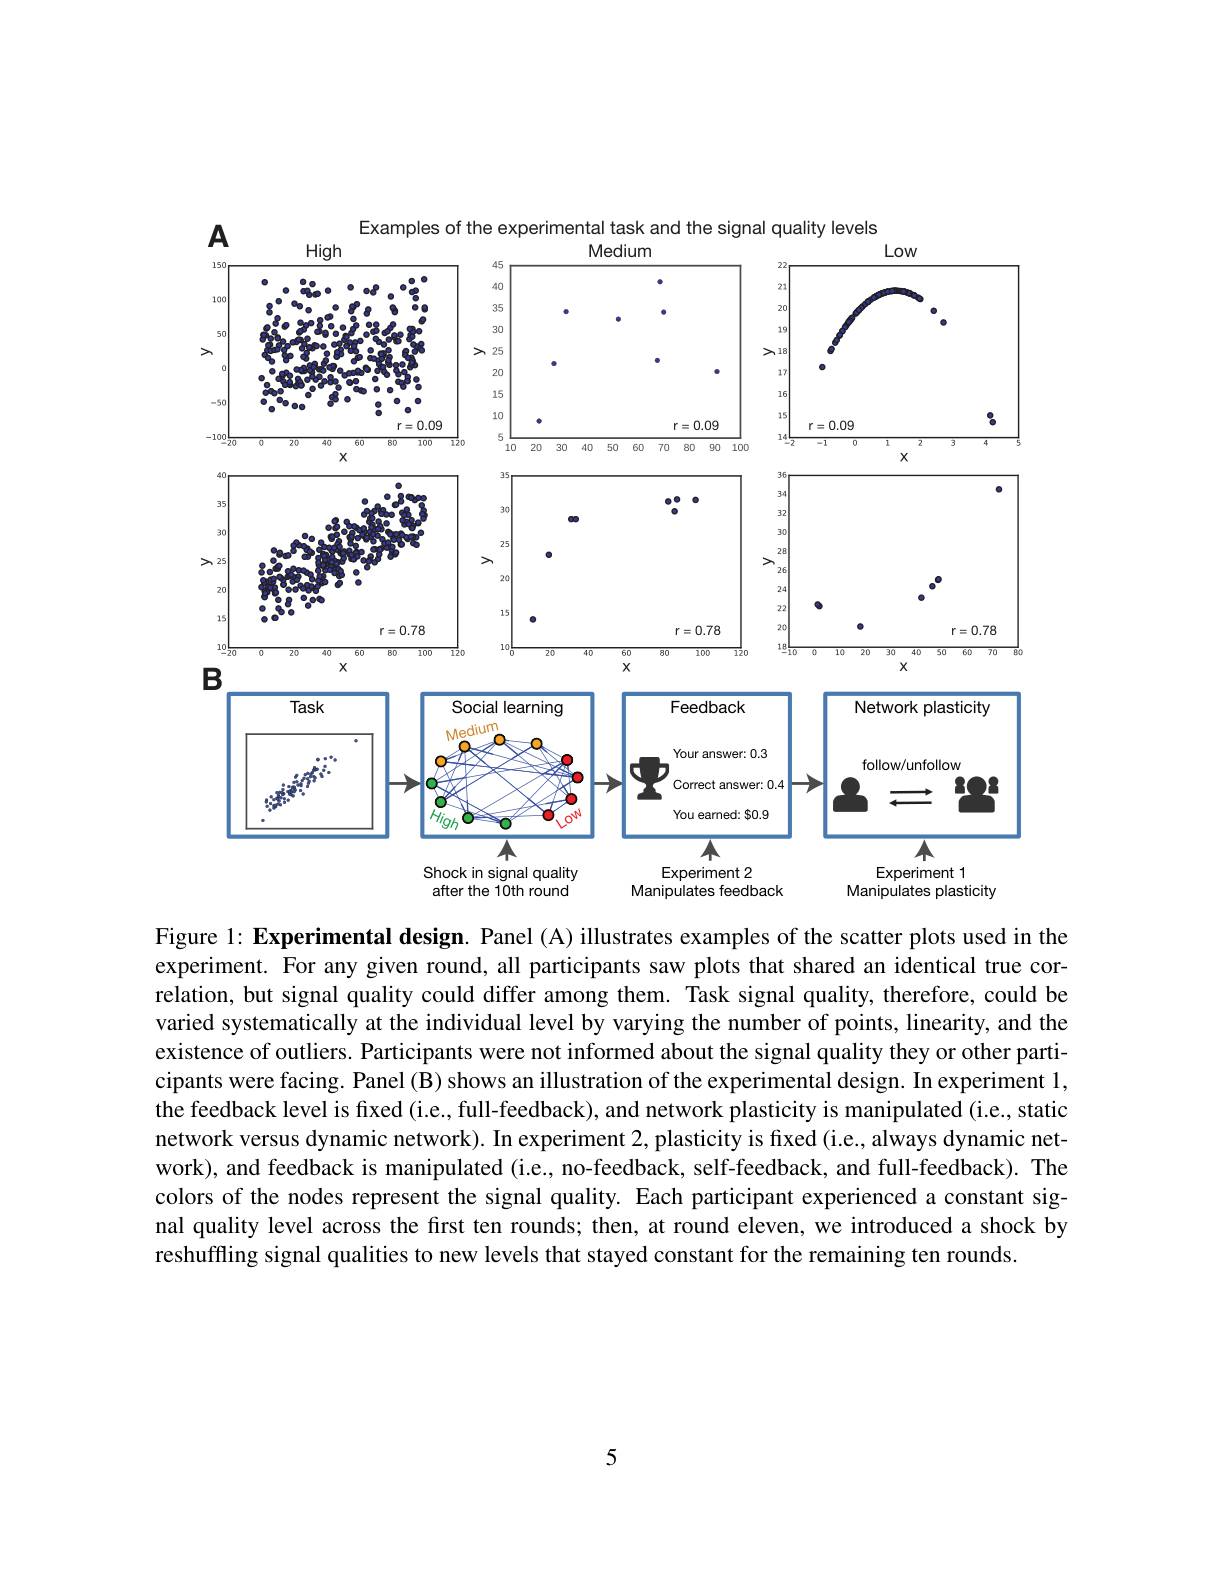
Examples of the experimental task and the signal quality levels
$A$
<FigureHere>
Manipulates plasticity
after the 10th round

Figure 1: Experimental design. Panel (A) illustrates examples of the scatter plots used in the experiment. For any given round, all participants saw plots that shared an identical true correlation, but signal quality could differ among them. Task signal quality, therefore, could be varied systematically at the individual level by varying the number of points, linearity, and the existence of outliers. Participants were not informed about the signal quality they or other participants were facing. Panel (B) shows an illustration of the experimental design. In experiment 1, the feedback level is fixed (i.e., full-feedback), and network plasticity is manipulated (i.e., static network versus dynamic network). In experiment 2, plasticity is fixed (i.e., always dynamic network), and feedback is manipulated (i.e., no-feedback, self-feedback, and full-feedback). The colors of the nodes represent the signal quality. Each participant experienced a constant signal quality level across the fırst ten rounds; then, at round eleven, we introduced a shock by reshuffling signal qualities to new levels that stayed constant for the remaining ten rounds

5